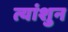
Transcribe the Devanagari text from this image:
त्यांशुन